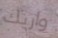
واريك